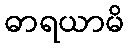
ဓာရယာမိ